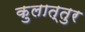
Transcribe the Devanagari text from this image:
कुलात्तुर